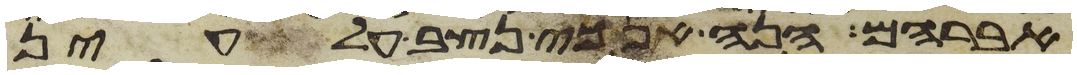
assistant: אברהם הנה אנכי נצב על עין